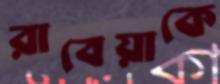
রাবেয়াকে